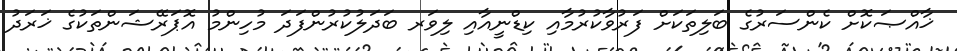
ޚާއްޞަކޮށް ކެންސަރުގެ ބަލިތަކަށް ފަރުވާކުރުމާއި ކިޑްނީއާއި ލިވަރ ބަދަލުކުރުންފަދަ މުހިންމު އޮޕަރޭޝަންތަކުގެ ޚަރަދު